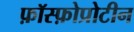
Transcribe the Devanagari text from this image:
फ़ॉस्फ़ोप्रोटीन